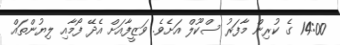
14:00 ގެ ކުރިން މާފަރު ސްކޫލް އަށެވެ. ވަޒީފާއަށް އެދޭ ފޯމާއި ލިޔުންތައް